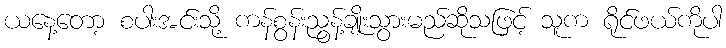
ယနေ့တော့ စပါးအင်းသို့ ကန်စွန်းညွန့်ချိုးသွားမည်ဆိုသဖြင့် သူက ရိုင်ဖယ်ကိုပါ